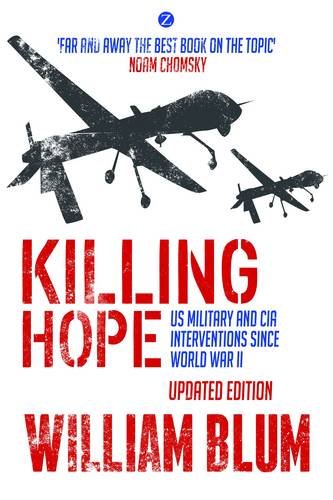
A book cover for Killing Hope: US Military and CIA Interventions Since World War II - Updated Edition; William Blum; Biographies & Memoirs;